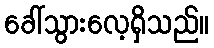
ခေါ်သွားလေ့ရှိသည်။